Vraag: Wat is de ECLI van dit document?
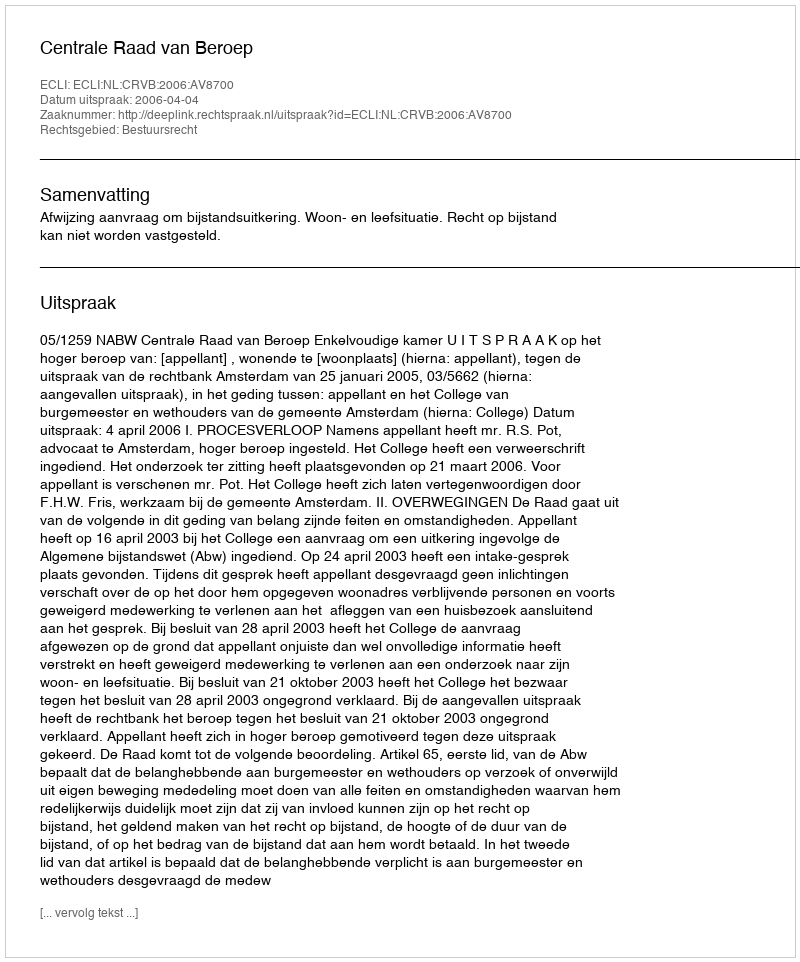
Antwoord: ECLI:NL:CRVB:2006:AV8700